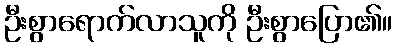
ဦးစွာရောက်လာသူကို ဦးစွာပြော၏။